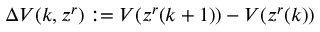
\Delta V ( k , z ^ { r } ) : = V ( z ^ { r } ( k + 1 ) ) - V ( z ^ { r } ( k ) )